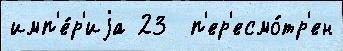
имп'е́р'иjа 23  п'ер'есмо́тр'ен